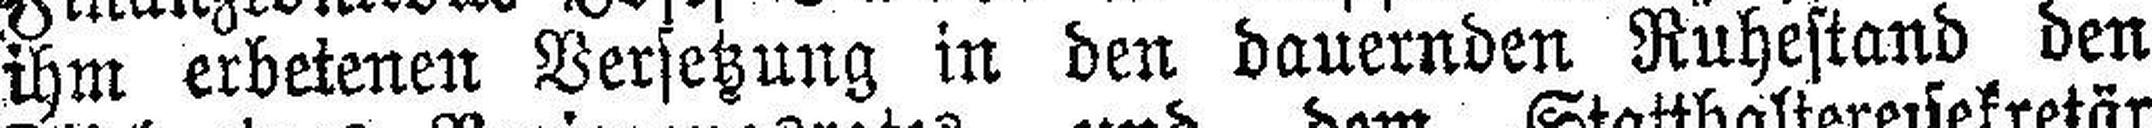
ihm erbetenen Versetzung in den dauernden Ruhestand den